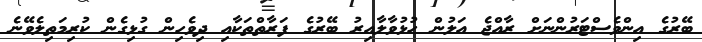
ބޭރުގެ އިންވެސްޓަރުންނަށް ރާއްޖެ އަލުން ހުޅުވާލާއިރު ބޭރުގެ ފަރާތްތަކާއި ދިވެހިން ގުޅިގެން ކުރިމަތިލެވޭނެ